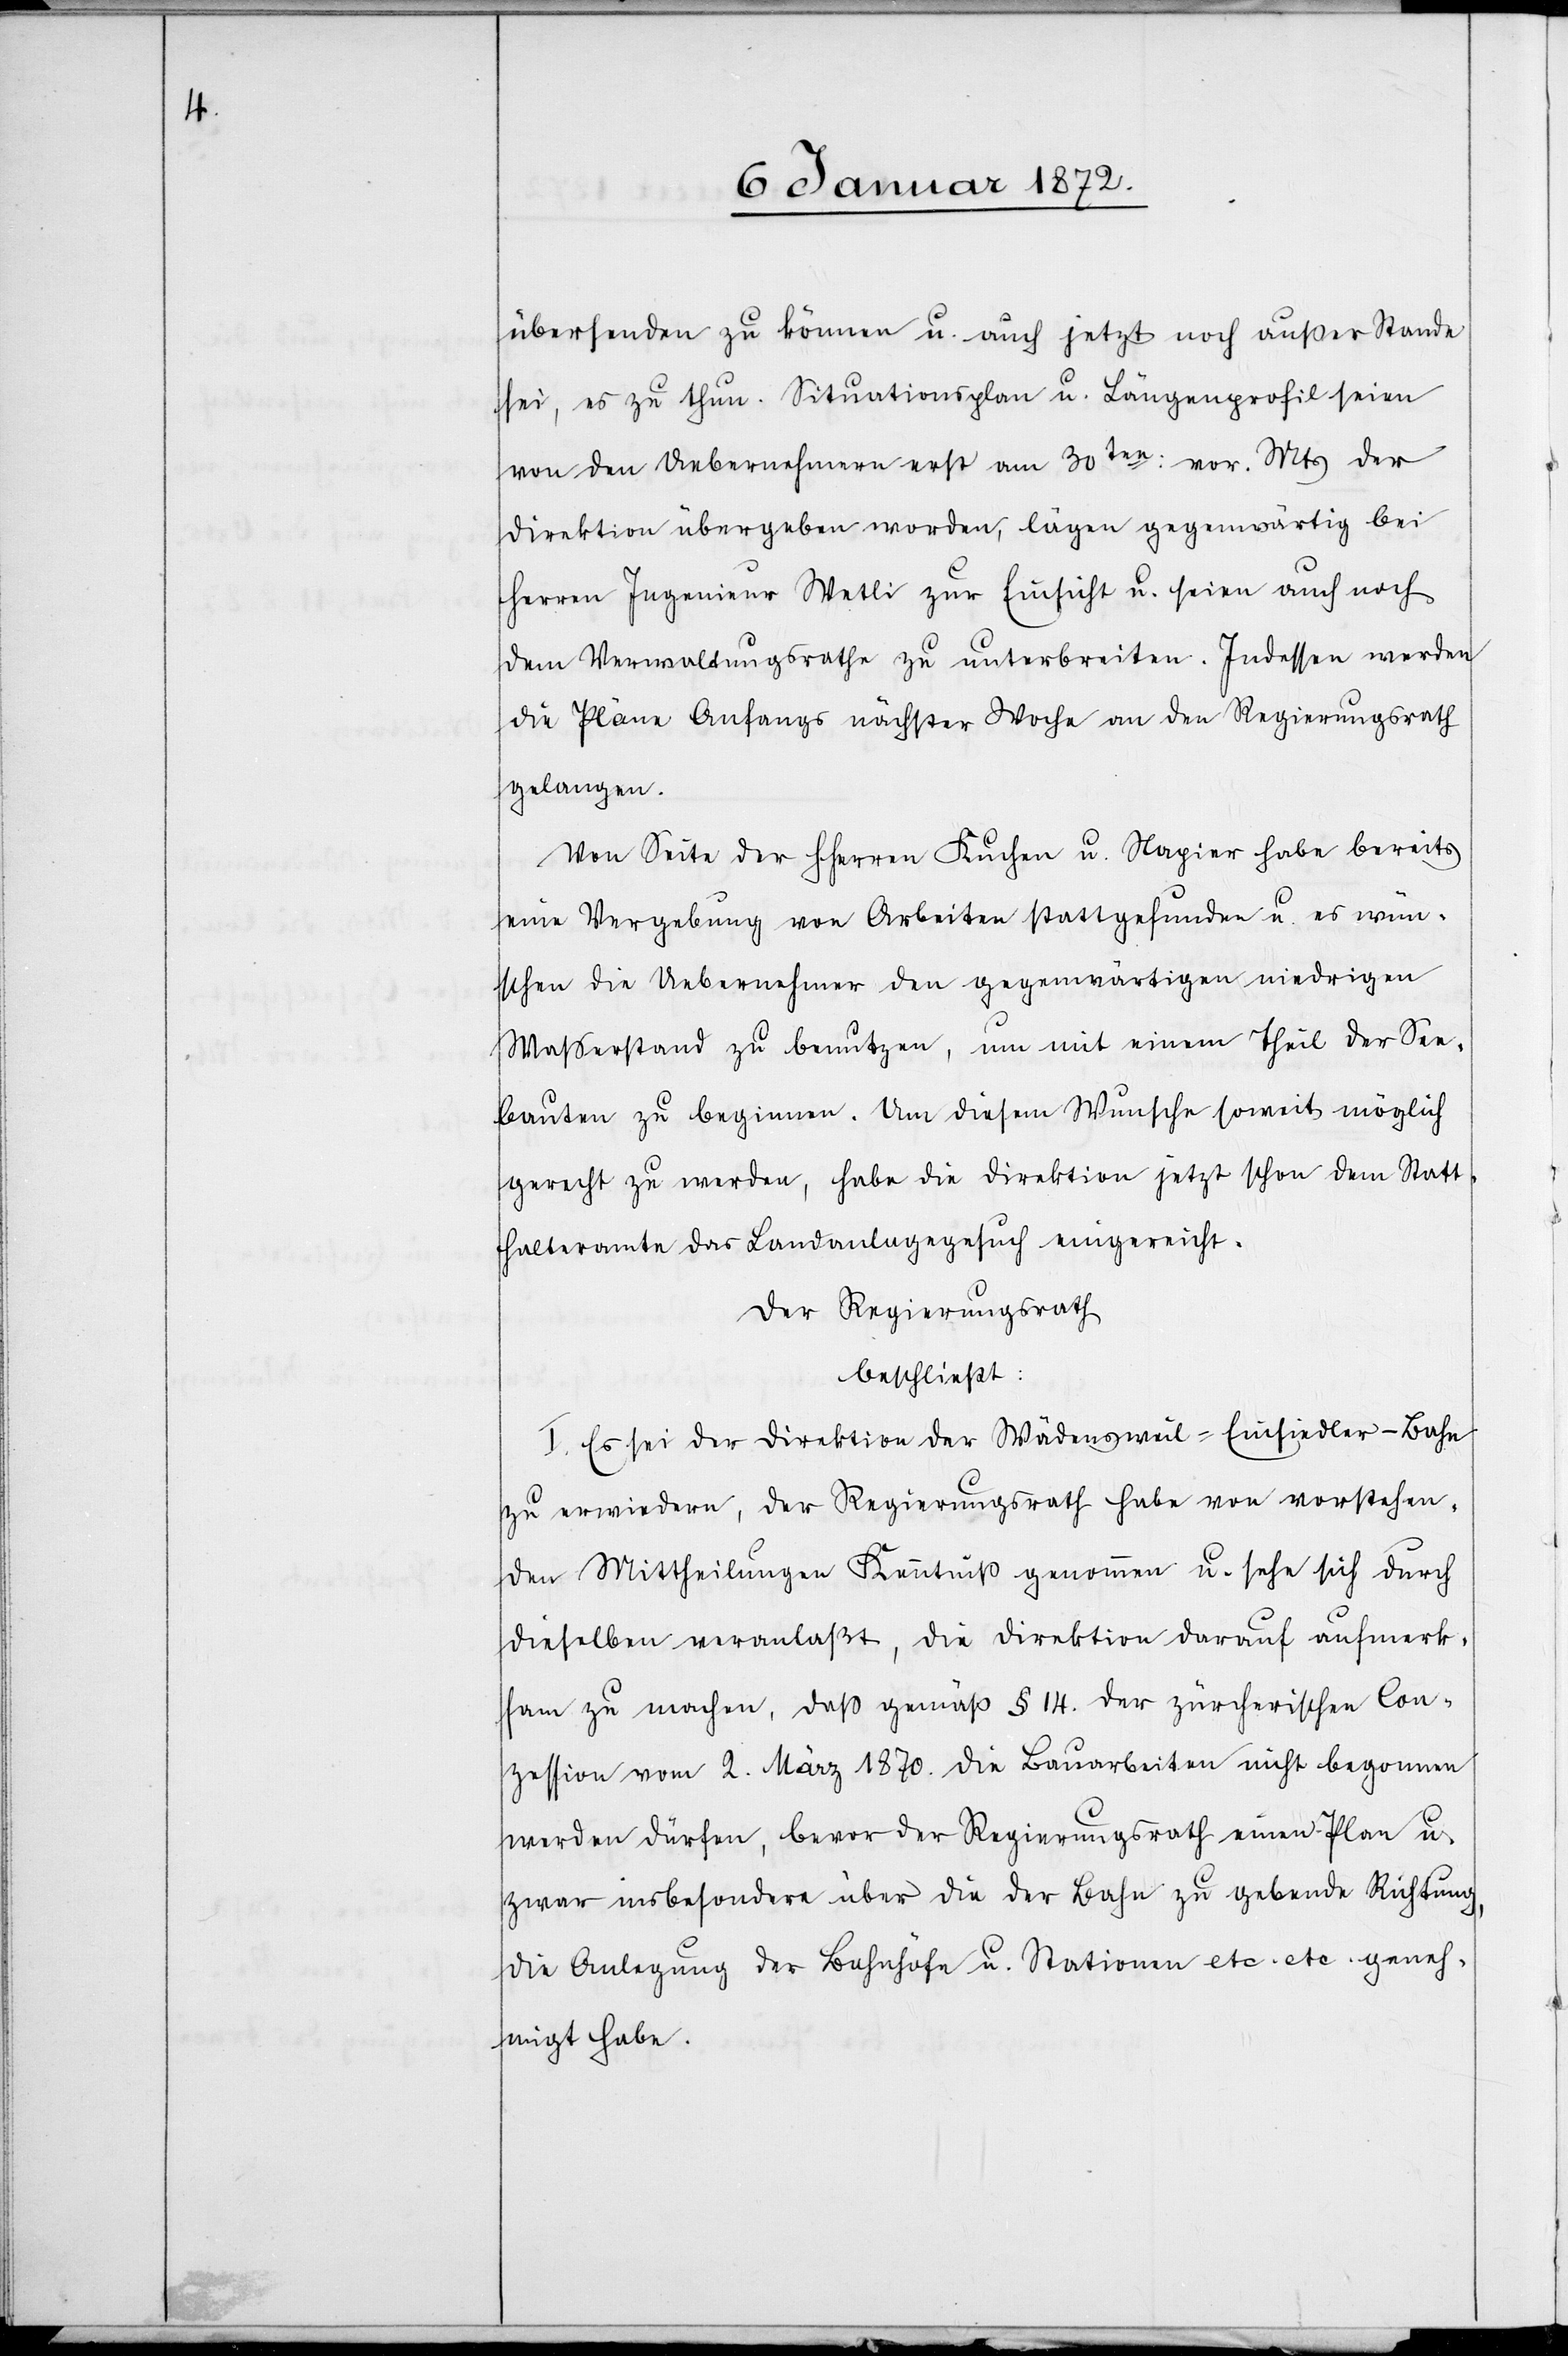
übersenden zu können u. auf jetzt noch außer Stande
sei, es zu thun. Situationsplan u. Längenprofil seien
von den Uebernehmern erst am 30ten vor. Mts der
Direktion übergeben worden, lägen gegenwärtig bei
Herren Ingenieur Wetli zur Einsicht u. seien auch noch
dem Verwaltungsrathe zu unterbreiten. Indessen werden
die Pläne Anfangs nächster Woche an den Regierungsrath
gelangen.
Von Seite der HHerren Kuchen u. Napier habe bereits
eine Vergebung von Arbeiten stattgefunden u. es wün¬
schen die Uebernehmer den gegenwärtigen niedrigen
Wasserstand zu benutzen, um mit einem Theil der See¬
bauten zu beginnen. Um diesem Wunsche soweit möglich
gerecht zu werden, habe die Direktion jetzt schon dem Statt¬
halteramte das Landanlagegesuch eingereicht.
Der Regierungsrath
beschließt:
I. Es sei der Direktion der Wädensweil-Einsiedler-Bahn
zu erwiedern, der Regierungsrath habe von vorstehenden
Mittheilungen Kenntniß genommen u. sehe sich durch
dieselben veranlaßt, die Direktion darauf aufmerk¬
sam zu machen, daß gemäss § 14. der zürcherischen Con¬
zession vom 2. März 1870. die Bauarbeiten nicht begonnen
werden dürfen, bevor der Regierungsrath einen Plan u.
zwar insbesondere über die der Bahn zu gebende Richtung,
die Anlegung der Bahnhöfe u. Stationen etc. etc. geneh¬
migt habe.